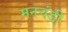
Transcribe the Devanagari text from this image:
मनचंडी